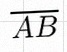
\overline{AB}